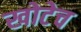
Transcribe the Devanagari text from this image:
खोटेच